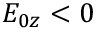
E _ { 0 z } < 0